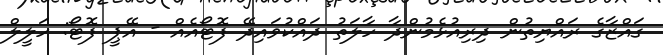
ގައްޒާގެ ރައްޔިތުން ދިރިއުޅެމުންދާ ހާލަތު ދައްކުވައިދޭ ފޮޓޯއެއް - އޭޕީ ފޮޓޯ: ހަލީލް